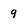
Character: 9